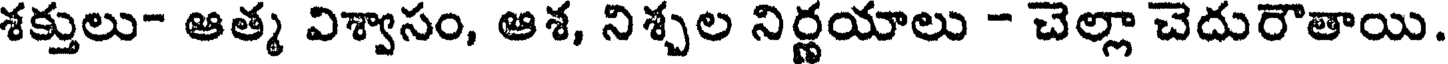
శక్తులు- ఆత్మ విశ్వాసం, ఆశ, నిశ్చల నిర్ణయాలు - చెల్లా చెదురౌతాయి.